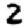
Digit: 2